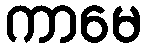
ကာမေ